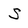
Character: S